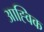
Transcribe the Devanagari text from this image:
आह्विक